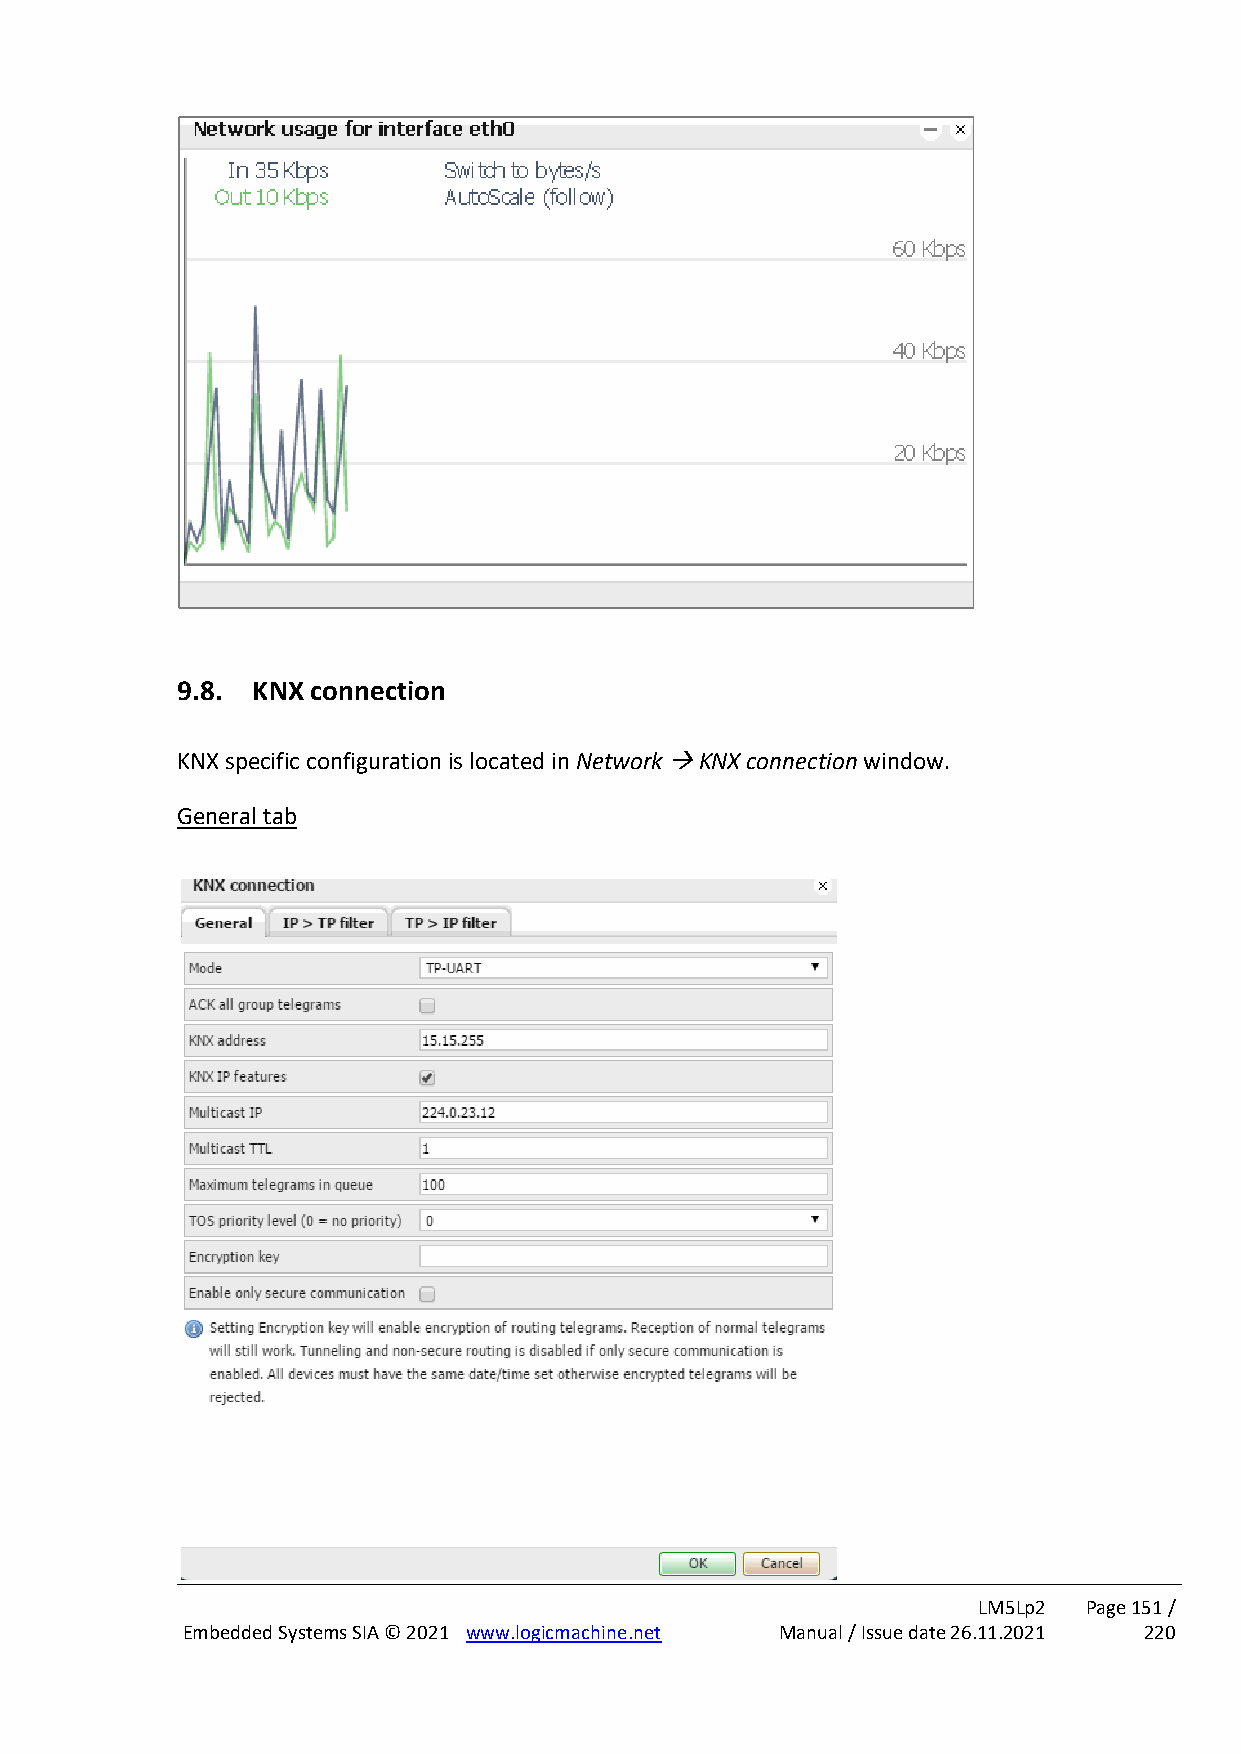
9.8. KNX connection
 KNX specific configuration is located in Network → KNX connection window.
 General tab
 LM5Lp2 Page 151 /
 Embedded Systems SIA © 2021 www.logicmachine.net Manual / Issue date 26.11.2021 220